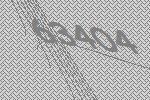
63404